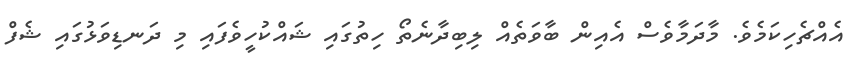
އެއްޗެހިކަމެވެ. މާދަމާވެސް އެއިން ބާވަތެއް ލިބިދާނެތޯ ހިތުގައި ޝައްކުހީވެފައި މި ދަނޑިވަޅުގައި ޝެފް